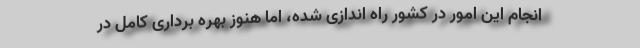
انجام این امور در کشور راه اندازی شده، اما هنوز بهره برداری کامل در